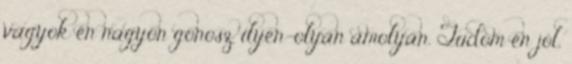
vagyok én nagyon gonosz, ilyen-olyan amolyan. Tudom én jól,